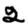
Digit: 2